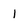
Character: 1